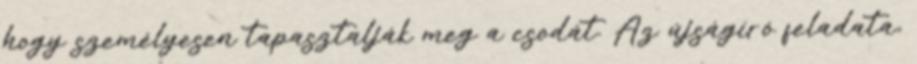
hogy személyesen tapasztalják meg a csodát. Az újságíró feladata,